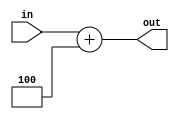
module Adder4(input[31:0] in,
		output[31:0] out);

	assign out = in + 4;
endmodule